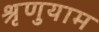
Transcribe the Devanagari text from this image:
श्रृणुयाम